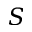
S